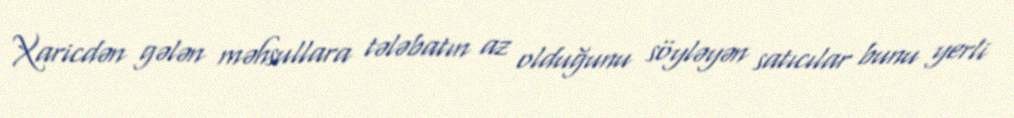
Xaricdən gələn məhsullara tələbatın az olduğunu söyləyən satıcılar bunu yerli